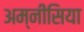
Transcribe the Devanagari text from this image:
अम्नीसिया